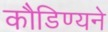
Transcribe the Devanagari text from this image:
कौडिण्यने